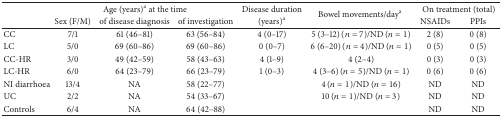
<table><thead><tr><td><b> </b></td><td colspan="3"><b>Age (years)<sup>a</sup> at the time </b></td><td><b>Disease duration </b></td><td rowspan="2"><b>Bowel movements/day<sup>a</sup></b></td><td colspan="2"><b>On treatment (total)</b></td></tr><tr><td><b> </b></td><td><b> Sex (F/M) </b></td><td><b>of disease diagnosis </b></td><td><b>of investigation </b></td><td><b> (years)<sup>a</sup></b></td><td><b>NSAIDs </b></td><td><b>PPIs</b></td></tr></thead><tbody><tr><td>CC</td><td>7/1</td><td>61 (46–81)</td><td>63 (56–84)</td><td>4 (0–17)</td><td>5 (3–12) (<i>n</i> = 7)/ND (<i>n</i> = 1)</td><td>2 (8)</td><td>0 (8)</td></tr><tr><td>LC</td><td>5/0</td><td>69 (60–86)</td><td>69 (60–86)</td><td>0 (0–7)</td><td>6 (6–20) (<i>n</i> = 4)/ND (<i>n</i> = 1)</td><td>0 (5)</td><td>0 (5)</td></tr><tr><td>CC-HR</td><td>3/0</td><td>49 (42–59)</td><td>58 (43–63)</td><td>4 (1–9)</td><td>4 (2–4)</td><td>0 (3)</td><td>0 (3)</td></tr><tr><td>LC-HR</td><td>6/0</td><td>64 (23–79)</td><td>66 (23–79)</td><td>1 (0–3)</td><td>4 (3–6) (<i>n</i> = 5)/ND (<i>n</i> = 1)</td><td>0 (6)</td><td>0 (6)</td></tr><tr><td>NI diarrhoea</td><td>13/4</td><td>NA</td><td>58 (22–77)</td><td> </td><td>4 (<i>n</i> = 1)/ND (<i>n</i> = 16)</td><td>ND</td><td>ND </td></tr><tr><td>UC</td><td>2/2</td><td>NA</td><td>54 (33–67)</td><td> </td><td>10 (<i>n</i> = 1)/ND (<i>n</i> = 3)</td><td>ND</td><td>ND</td></tr><tr><td>Controls</td><td>6/4</td><td>NA</td><td>64 (42–88)</td><td> </td><td> </td><td>ND </td><td>ND</td></tr></tbody></table>